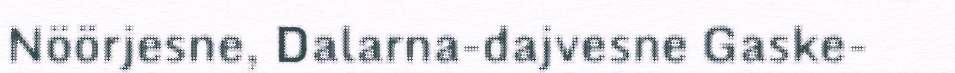
Nöörjesne, Dalarna-dajvesne Gaske-